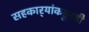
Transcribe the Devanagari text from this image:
सहकार्‍यांकडूनही